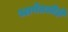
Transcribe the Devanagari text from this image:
भाषेतलीही